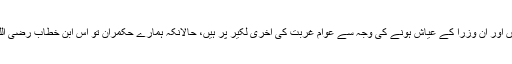
یہی وجہ ہے کہ ان ممالک میں عوام خوشحال ہیں اور پاک وطن میں حکمرانوں اور ان وزرا کے عیاش ہونے کی وجہ سے عوام غربت کی آخری لکیر پر ہیں، حالانکہ ہمارے حکمران تو اس ابنِ خطاب رضی اللہ عنہ کے نام لیوا ہیں جن کے پاس بسا اوقات دو کپڑے بھی نہیں ہوتے تھے۔